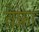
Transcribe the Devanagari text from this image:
तेफ्रा